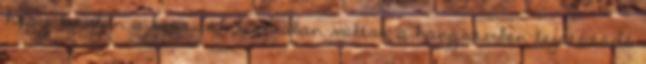
hogy hajdan a készítők tisztában voltak a hangszerben lejátszódó